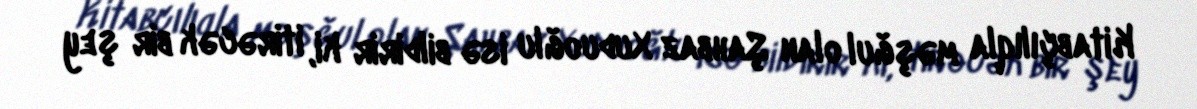
Kitabçılıqla məşğul olan Şahbaz Xuduoğlu isə bildirir ki, itirəcək bir şey